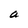
Character: a